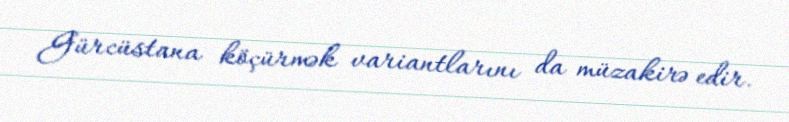
Gürcüstana köçürmək variantlarını da müzakirə edir.